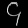
Digit: ၄